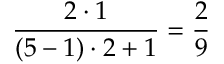
\frac { 2 \cdot 1 } { ( 5 - 1 ) \cdot 2 + 1 } = \frac { 2 } { 9 }